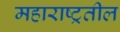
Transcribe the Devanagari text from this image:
महाराष्ट्रतील